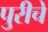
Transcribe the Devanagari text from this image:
पुरीचे